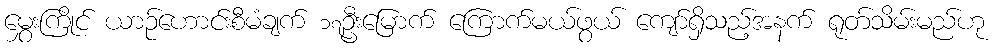
မွှေးကြိုင် ယာဉ်ဟောင်းစီမံချက် ၁၇ဦးမြောက် ကြောက်မယ်ဖွယ် ကျော်ရှိသည့်အနက် ရုတ်သိမ်းမည်ဟု